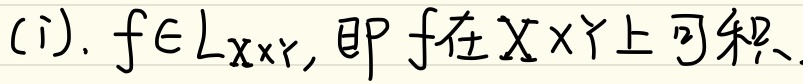
(i). \(f\in L_{X\times Y}\)，即 \(f\)在\(X\times Y\)上可积。